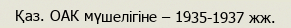
Қаз. ОАК мүшелігіне – 1935-1937 жж.